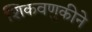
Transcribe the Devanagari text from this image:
शिकवणुकीने